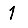
Digit: 1